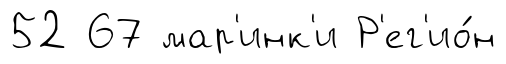
52 67 мар'инк'и Р'ег'ио́н